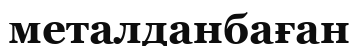
металданбаған